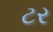
ટર